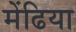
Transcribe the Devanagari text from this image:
मेंढिया